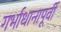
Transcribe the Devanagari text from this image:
गर्भाधानापूर्वी